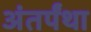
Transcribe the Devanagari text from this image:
अंतर्पंथा